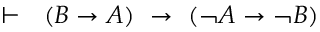
\vdash \ \ \left( B \rightarrow A \right) \ \rightarrow \ \left( \lnot A \rightarrow \lnot B \right)